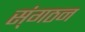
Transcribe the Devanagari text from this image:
स्ंगठन